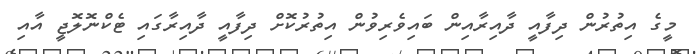
މީގެ އިތުރުން ދިފާއީ ދާއިރާއިން ބައިވެރިވުން އިތުރުކޮށް ދިފާއީ ދާއިރާގައި ޓެކްނޮލޮޖީ އާއި